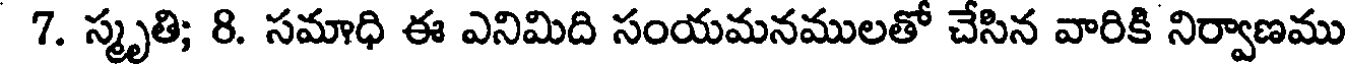
7. స్మృతి; 8. సమాధి ఈ ఎనిమిది సంయమనములతో చేసిన వారికి నిర్వాణము